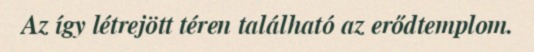
Az így létrejött téren található az erődtemplom.